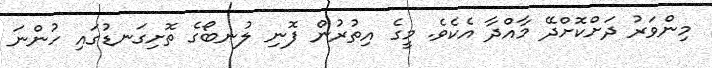
މިންވަރު ދަށްކޮށްދޭ މާއްދާ އެކެވެ. މީގެ އިތުރުން ފޮނި ލުނބޯގެ ތޮށިގަނޑުގައި ހުންނަ